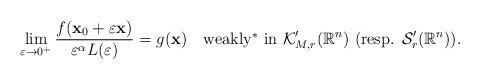
LaTeX: \begin{align*} \lim_{\varepsilon\to{0}^{+}} \frac{f(\mathbf{x}_{0}+\varepsilon \mathbf{x})}{\varepsilon^{\alpha}L(\varepsilon)}=g(\mathbf{x}) \ \ \ \mbox{weakly$^{\ast}$ in } \mathcal{K}_{M,r}'(\mathbb{R}^{n}) \ (\mbox{resp. } \mathcal{S}'_{r}(\mathbb{R}^{n})).\end{align*}